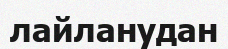
лайланудан